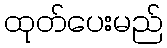
ထုတ်ပေးမည်